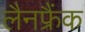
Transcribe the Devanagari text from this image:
लैनफ्रैंक